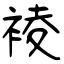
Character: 裬